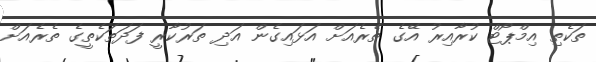
ތަކެތި އިމްޕޯޓް ކުރާއިރު އޭގެ ތެރެއަށް އަޅައިގެން އަދި ތަރުކާރީ ފަދަތަކެތީގެ ތެރެއަށް